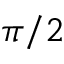
\pi / 2